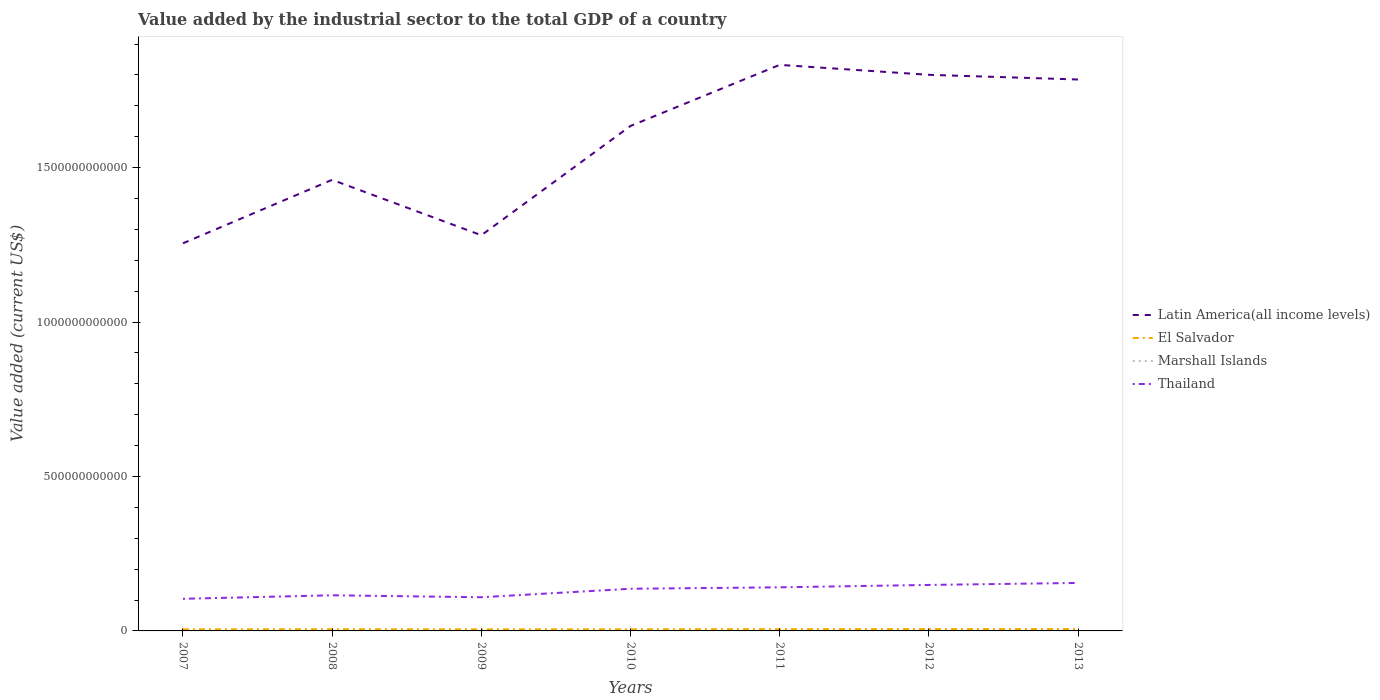
| Years | Latin America(all income levels) | El Salvador | Marshall Islands | Thailand |
 | --- | --- | --- | --- | --- |
 | 2007 | 1.26e+12 | 5.23e+09 | 1.9e+07 | 1.04e+11 |
 | 2008 | 1.46e+12 | 5.49e+09 | 1.95e+07 | 1.15e+11 |
 | 2009 | 1.28e+12 | 5.21e+09 | 1.76e+07 | 1.09e+11 |
 | 2010 | 1.63e+12 | 5.31e+09 | 1.83e+07 | 1.36e+11 |
 | 2011 | 1.83e+12 | 5.74e+09 | 2.13e+07 | 1.41e+11 |
 | 2012 | 1.8e+12 | 5.91e+09 | 1.97e+07 | 1.49e+11 |
 | 2013 | 1.79e+12 | 6.1e+09 | 1.86e+07 | 1.55e+11 |